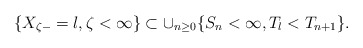
\begin{align*}\{X_{\zeta-}=l, \zeta<\infty\}\subset \cup_{n\geq 0} \{S_n<\infty, T_l<T_{n+1}\}. \end{align*}